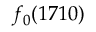
f _ { 0 } ( 1 7 1 0 )